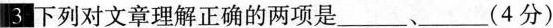
3下列对文章理解正确的两项是___、___(4分)